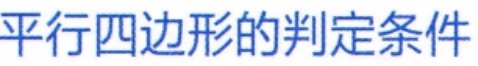
平行四边形的判定条件